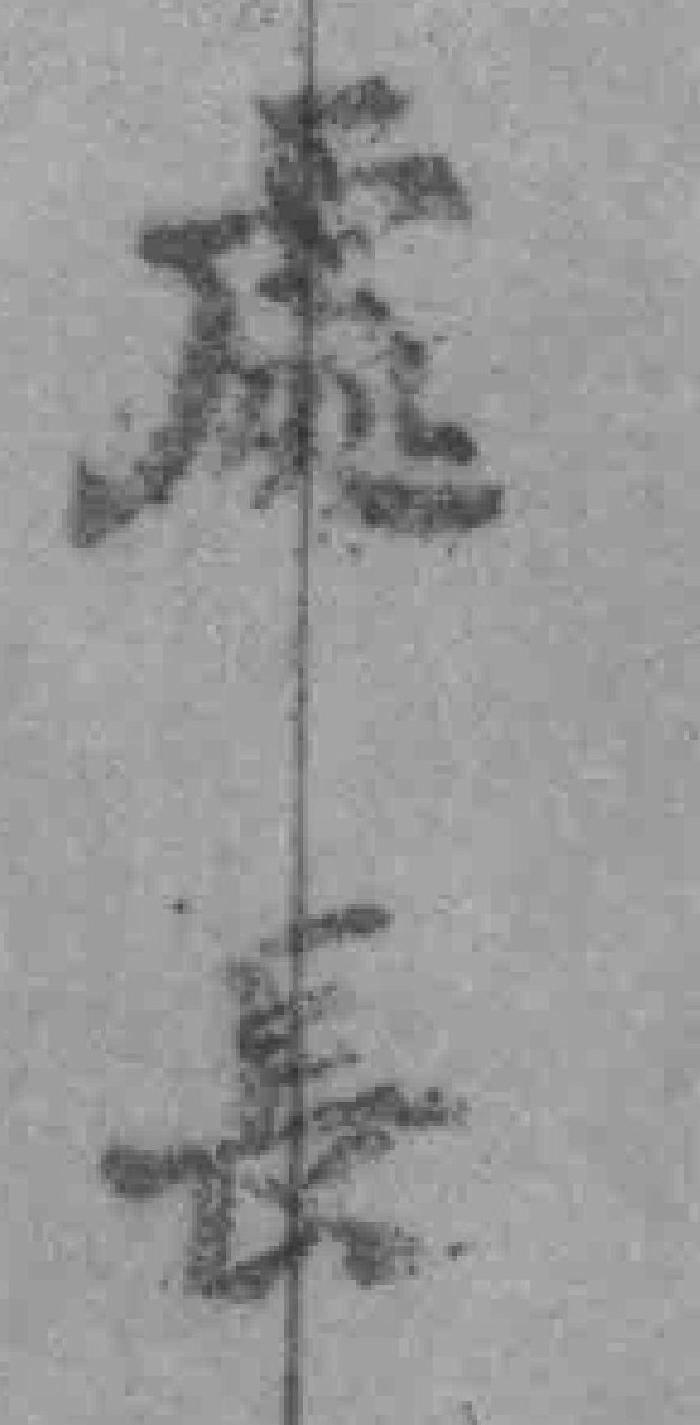
處長